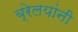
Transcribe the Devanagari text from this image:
ब्रेलयांनी